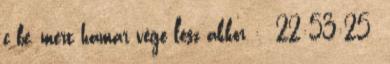
c be, mert hamar vége lesz akkor : 22:53:25